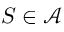
S \in { \mathcal { A } }